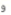
و